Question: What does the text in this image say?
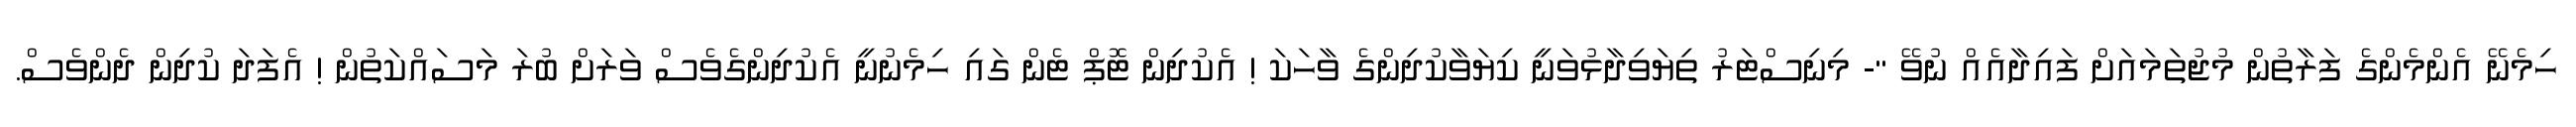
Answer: ހިމެނޭ އެންމެންގެ ފަރާތުން މުޖުތަމައަށް ފައިދާއެއް ނުވޭ "- މިނިސްޓަރު ތިޔަވިދާޅުވަނީ ކިޔަވާކުދިންގެ ވާހަކަ ! އެކުދިން ޓޮޕް ޓެން ގައި ހިމެނުނީ އެކުދިންގެވެސް ވަރަށް ބުރަ މަސައްކަތުން ! އެފަދަ ކުދިން ދެންވެސް.